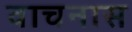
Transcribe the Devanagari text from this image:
वाचनास